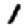
Digit: 1